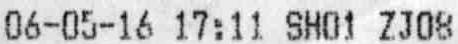
06-05-16 17:11 SH01 ZJ08